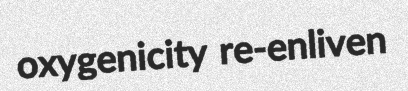
oxygenicity re-enliven